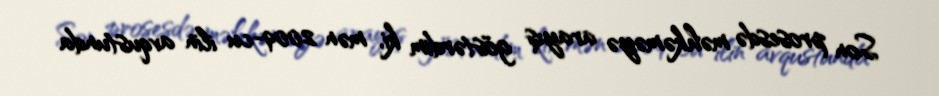
Son prosesdə məhkəməyə arayış göstərdim ki, mən 2009-cu ilin avqustunda